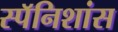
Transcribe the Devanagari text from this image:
स्पॅनिशांस